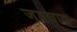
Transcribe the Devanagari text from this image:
जडवाद